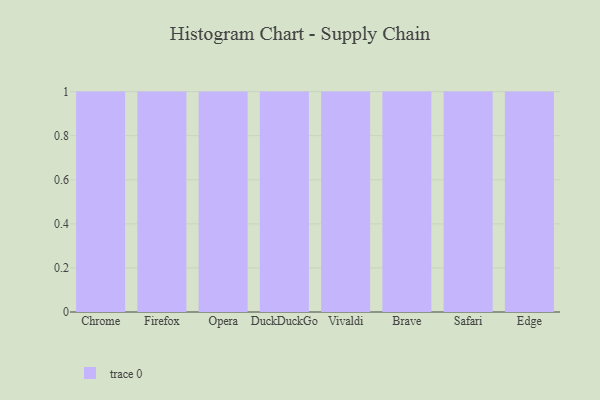
{"axis": {"x": "Browser", "y": "Temperature (°C)"}, "legend": [""], "data": [{"x": "Chrome", "y": 11, "type": ""}, {"x": "Firefox", "y": 57, "type": ""}, {"x": "Opera", "y": 27, "type": ""}, {"x": "DuckDuckGo", "y": 14, "type": ""}, {"x": "Vivaldi", "y": 17, "type": ""}, {"x": "Brave", "y": 51, "type": ""}, {"x": "Safari", "y": 23, "type": ""}, {"x": "Edge", "y": 1, "type": ""}]}